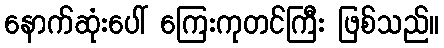
နောက်ဆုံးပေါ် ကြေးကုတင်ကြီး ဖြစ်သည်။